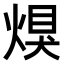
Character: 𤋀